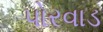
પોરવાડ